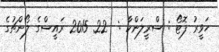
ހަވީރު ފޮޓޯ : ސްރީލަންކާ :  22